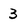
Character: 3